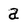
Character: a